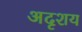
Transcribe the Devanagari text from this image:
अदृशय